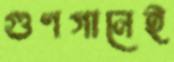
গুণগানেই